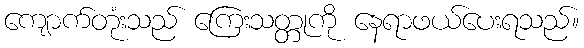
ကျောက်တုံးသည် ကြေးသတ္တုကို နေရာဖယ်ပေးရသည်။